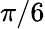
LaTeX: \pi/6